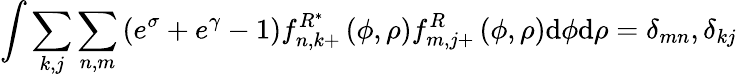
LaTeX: \int\sum_{k,j}\sum_{n,m}\left(e^{\sigma}+e^{\gamma}-1\right)f_{n,k+}^{R^{\ast}}\left(\phi,\rho\right)f_{m,j+}^{R}\left(\phi,\rho\right)\mathrm{d}\phi\mathrm{d}\rho=\delta_{mn},\delta_{kj}